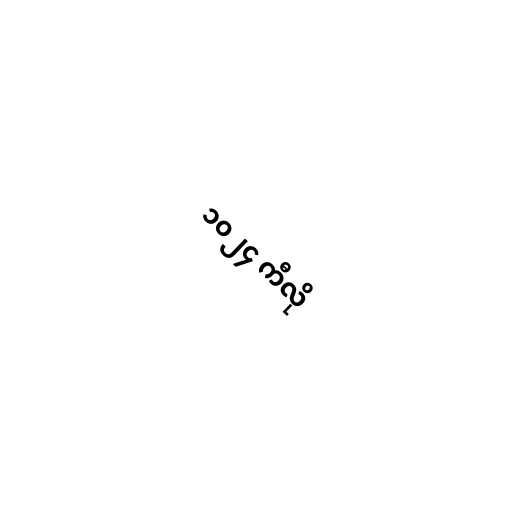
၁၀၂၄ ကီလို